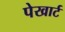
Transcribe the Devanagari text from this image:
पेखार्ट